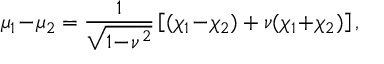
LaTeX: \mu _ { 1 } \! - \! \mu _ { 2 } = \frac { 1 } { \sqrt { 1 \! - \! \nu ^ { 2 } } } \left[ ( \chi _ { 1 } \! - \! \chi _ { 2 } ) + \nu ( \chi _ { 1 } \! + \! \chi _ { 2 } ) \right] ,